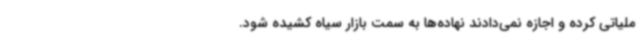
ملیاتی کرده و اجازه نمی‌دادند نهاده‌ها به سمت بازار سیاه کشیده شود.